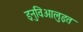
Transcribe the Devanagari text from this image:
इनुविआलुइत